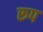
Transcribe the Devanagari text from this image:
रूप